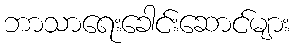
ဘာသာရေးခေါင်းဆောင်များ